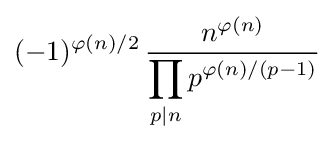
(-1)^{\varphi (n)/2}\,{\frac {n^{\varphi (n)}}{\displaystyle \prod _{p|n}p^{\varphi (n)/(p-1)}}}